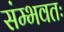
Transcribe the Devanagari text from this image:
संम्भवतः